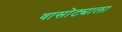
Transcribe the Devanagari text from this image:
वासोट्याला